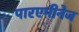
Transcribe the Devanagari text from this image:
पारएमीनेज